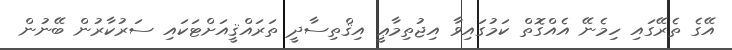
އޭގެ ތެރޭގައި ހިމެނޭ އެއްގޮތް ކަމުގައިވާ އިޖުތިމާޢީ އިޤްތިސާދީ ތަރައްޤީއަށްޓަކައި ސަރުކާރުން ބޭނުން